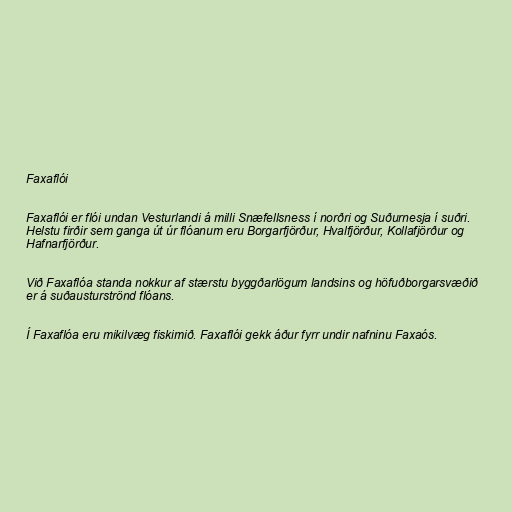
Faxaflói

Faxaflói er flói undan Vesturlandi á milli Snæfellsness í norðri og Suðurnesja í suðri.
Helstu firðir sem ganga út úr flóanum eru Borgarfjörður, Hvalfjörður, Kollafjörður og
Hafnarfjörður.

Við Faxaflóa standa nokkur af stærstu byggðarlögum landsins og höfuðborgarsvæðið
er á suðausturströnd flóans.

Í Faxaflóa eru mikilvæg fiskimið. Faxaflói gekk áður fyrr undir nafninu Faxaós.